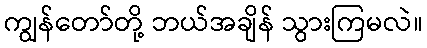
ကျွန်တော်တို့ ဘယ်အချိန် သွားကြမလဲ။